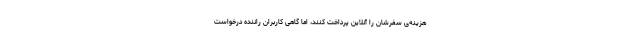
هزینه‌ی سفرشان را آنلاین پرداخت کنند، اما گاهی کاربران راننده درخواست